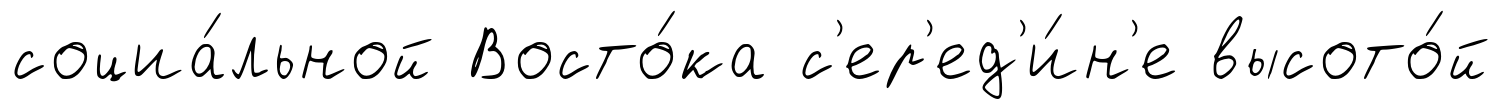
социа́льной Восто́ка с'ер'ед'и́н'е высото́й